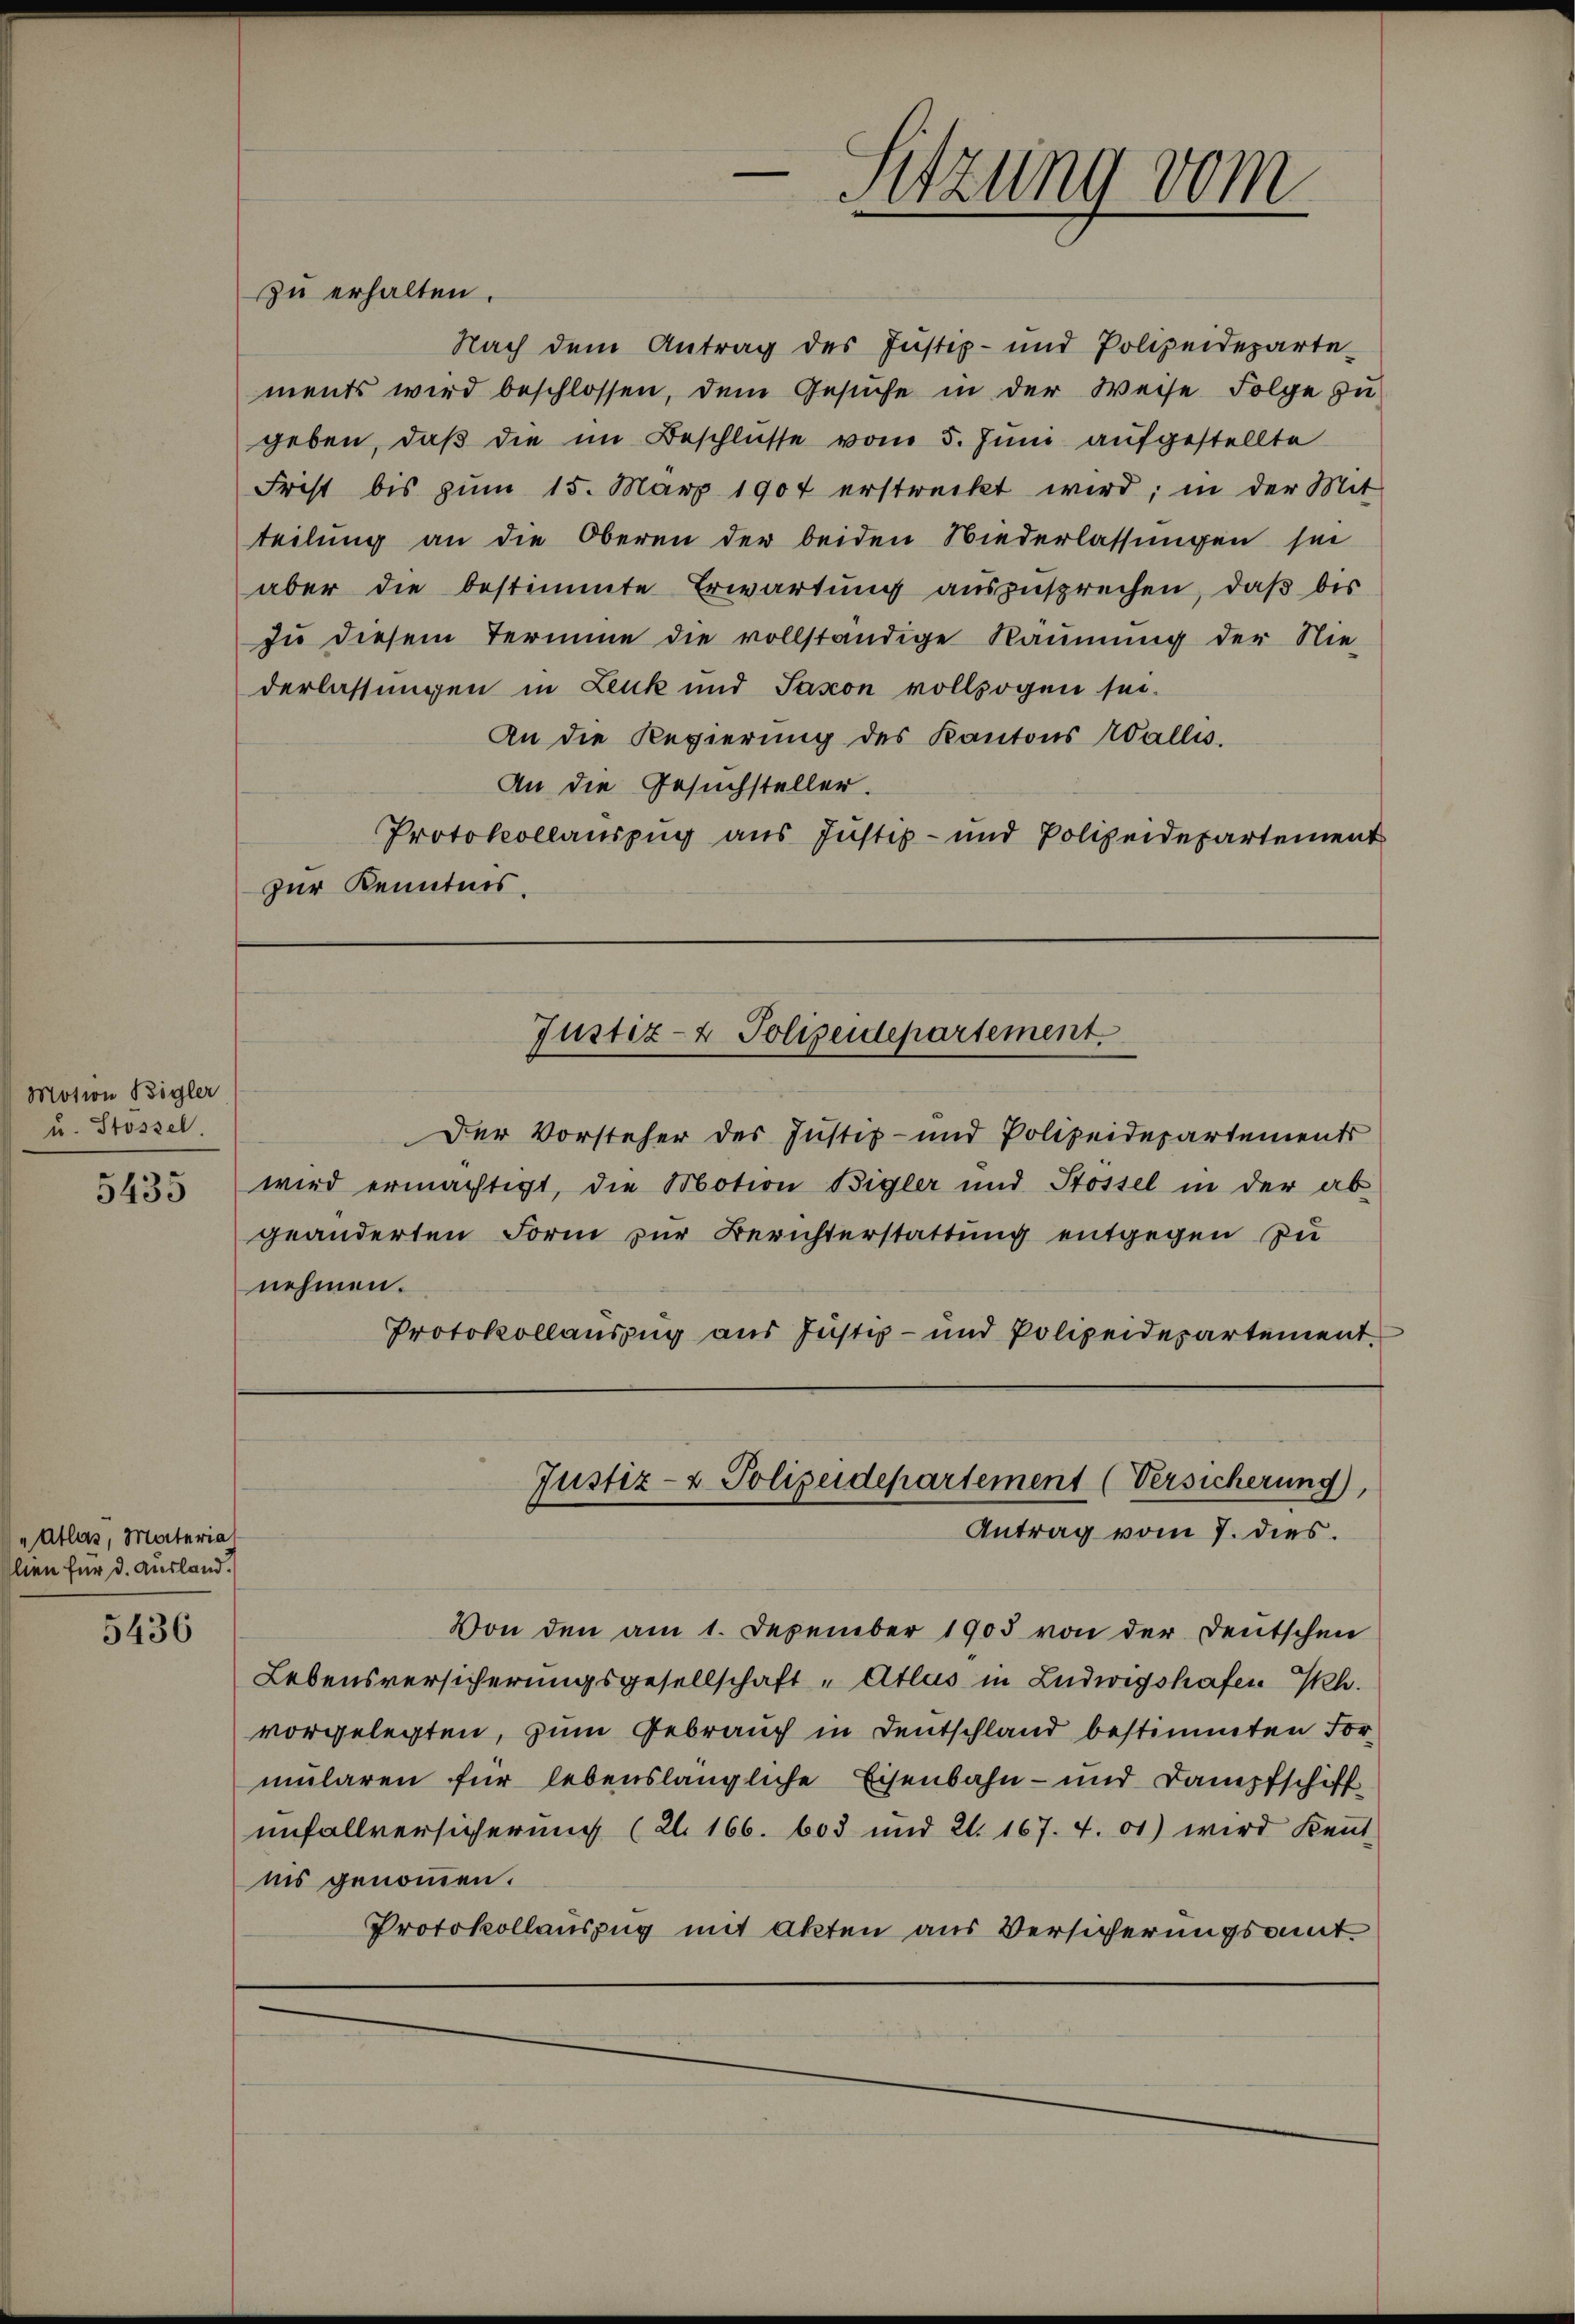
Motion Begler
u. Stossel
5435

Atlas, Materia
lien für d. Ausland.
5436

zur Kenntnis.

zu erhalten.
Nach dem Antrag des Justiz- und Polizeideparte-
ments wird beschlossen, dem Gesuche in der Weise Folge zu
geben, daβ die im Beschlüsse vom 5. Juni aufgestellte
Frist bis zŭm 15. März 1907 erstreckt wird; in der Mit
teilung an die Oberen der beiden Niederlassungen sei
aber die bestimmte Erwartung auszusprechen, daß bis
zŭ diesem Termine die vollständige Räumung der Nie-
derlassungen in Leuk und Saxon vollzogen sei.
An die Regierung des Kantons Wallis.
An die Gesuchsteller.
Protokollauszug aus Justiz- und Polizeidepartement
Der Vorsteher des Justiz- und Polizeidepartements
wird ermächtigt, die Motion Bigler und Stossel in der ab-
geänderten Form zur Berichterstattung entgegen zu
nehmen.
Protokollauszug aus Justiz- und Polizeidepartement
Justiz- & Polizeidepartement (Versicherung
Antrag vom 7. dies.
Von den am 1. Dezember 1905 von der Deutschen
Lebensversicherungsgesellschaft "Atlas in Ludwigshafen Ph.
vorgelegten, zum Gebrauch in Deutschland bestimmten Formularen für lebenslängliche Eisenbahn- und Dampfschiff
unfallversicherung (2. 166. 603 und 21. 167. 4. 01) wird kennt
nis genommen.
Protokollauszug mit Akten aus Versicherungsamt

Justiz- & Polizeidepartement.

d
Sitzung vom